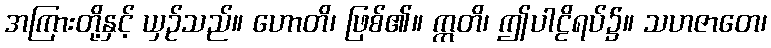
အကြားတို့နှင့် ယှဉ်သည်။ ဟောတိ၊ ဖြစ်၏။ ဣတိ၊ ဤပါဠိရပ်၌။ သဟဇာတေ၊